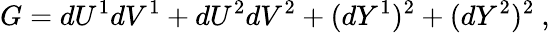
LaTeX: G=dU^{1}dV^{1}+dU^{2}dV^{2}+(dY^{1})^{2}+(dY^{2})^{2}~,